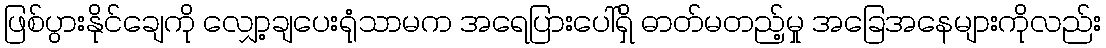
ဖြစ်ပွားနိုင်ချေကို လျှော့ချပေးရုံသာမက အရေပြားပေါ်ရှိ ဓာတ်မတည့်မှု အခြေအနေများကိုလည်း